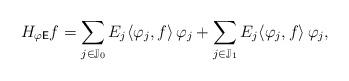
LaTeX: \begin{align*} H_{{\varphi}\sf E}f=\sum_{j\in\mathbb{J}_0}E_j \langle \varphi_j, f\rangle\,\varphi_j+\sum_{j\in\mathbb{J}_1}E_j \langle \varphi_j, f\rangle\,\varphi_j, \end{align*}